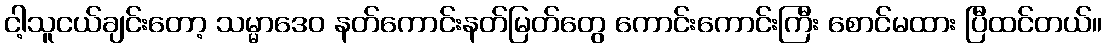
ငါ့သူငယ်ချင်းတော့ သမ္မာဒေဝ နတ်ကောင်းနတ်မြတ်တွေ ကောင်းကောင်းကြီး စောင်မထား ပြီထင်တယ်။